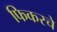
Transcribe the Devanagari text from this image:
फिकरचे